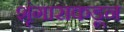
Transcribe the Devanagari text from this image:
शृंगाराकडून